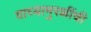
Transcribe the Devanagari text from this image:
वाघ्यामुरळींची